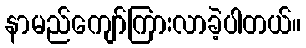
နာမည်ကျော်ကြားလာခဲ့ပါတယ်။